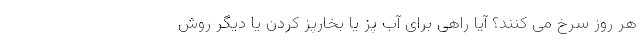
هر روز سرخ می کنند؟ آیا راهی برای آب پز یا بخارپز کردن یا دیگر روش